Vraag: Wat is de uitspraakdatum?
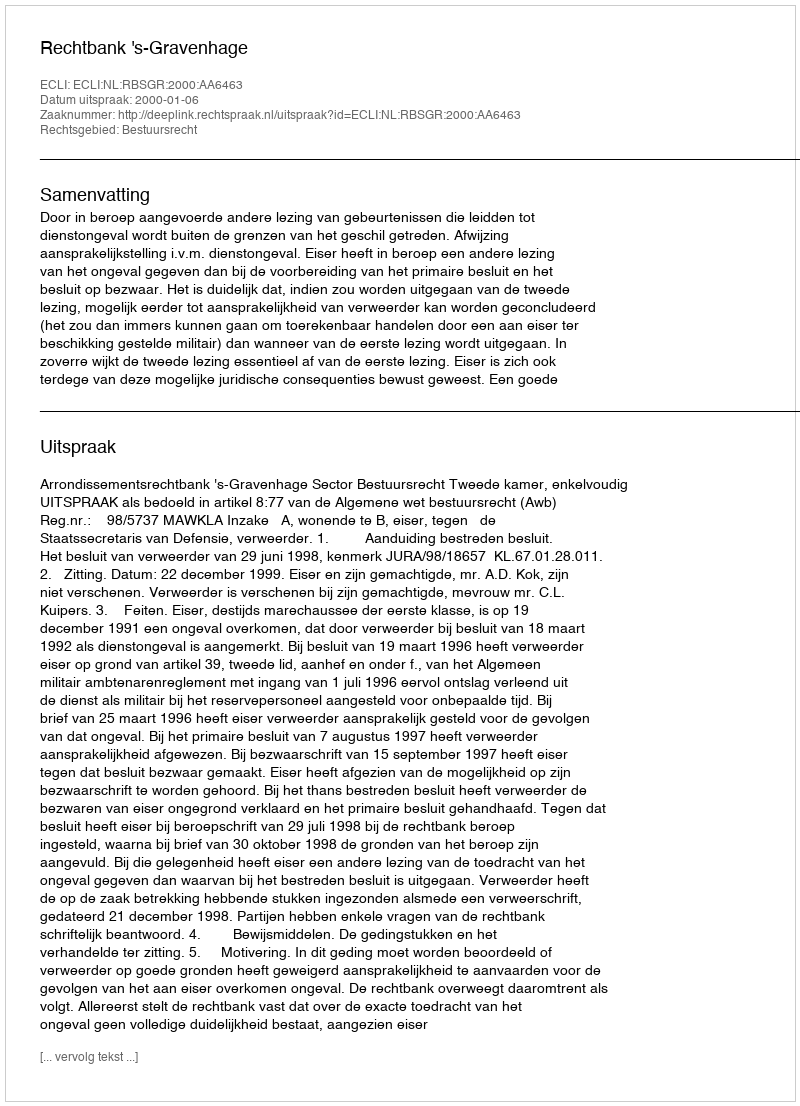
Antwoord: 2000-01-06